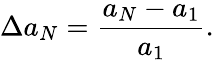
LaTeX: \Delta a_{N}=\frac{a_{N}-a_{1}}{a_{1}}.